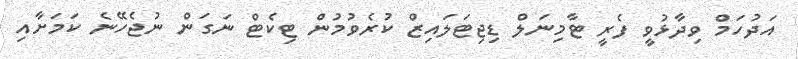
އަދުހަމް ވިދާޅުވީ ފެރީ ޓާމިނަލް ޑިޖިޓަލައިޒް ކުރެވުމުން ޓިކެޓް ނަގަން ނުޖެހޭނެ ކަމަށާއި